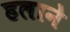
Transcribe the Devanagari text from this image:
हलाने